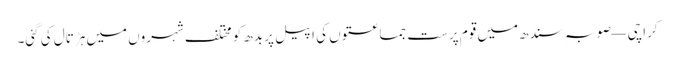
کراچی — صوبہ ِسندھ میں قوم پرست جماعتوں کی اپیل پر بدھ کو مختلف شہروں میں ہڑتال کی گئی۔